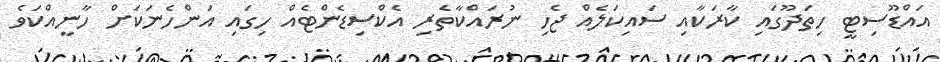
އައްޑޫސިޓީ ހިތަދޫގައި ކާރަކާއި ސައިކަލެއް ޖެހި ނުރައްކާތެރި އެކްސިޑެންޓެއް ހިގައި އަންހެނަކަށް ހާނީއްކަވެ